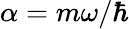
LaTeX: \alpha=m\omega/\hbar